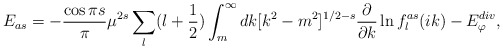
\begin{align*}E_{as}=-{\cos{\pi s}\over \pi} \mu^{2 s}\sum_{l}(l+\frac12)\int^\infty_m dk [k^2 -m^2]^{1/2 -s} \frac{\partial}{\partial k} \ln f^{as}_l(ik)-E^{div}_{\varphi} ,\end{align*}